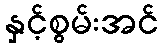
နှင့်စွမ်းအင်